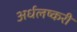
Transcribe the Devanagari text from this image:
अर्धलष्करी